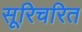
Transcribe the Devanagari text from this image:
सूरिचरित